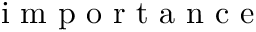
\mathrm { ~ i ~ m ~ p ~ o ~ r ~ t ~ a ~ n ~ c ~ e ~ }